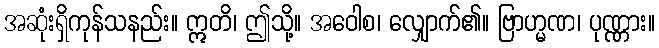
အဆုံးရှိကုန်သနည်း။ ဣတိ၊ ဤသို့။ အဝေါစ၊ လျှောက်၏။ ဗြာဟ္မဏ၊ ပုဏ္ဏား။